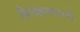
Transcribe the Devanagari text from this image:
विचलनसारणी